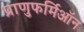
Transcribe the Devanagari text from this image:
प्राणुफर्मिऑन